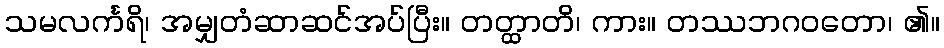
သမလင်္ကရိ၊ အမျှတံဆာဆင်အပ်ပြီး။ တတ္ထာတိ၊ ကား။ တဿဘဂဝတော၊ ၏။